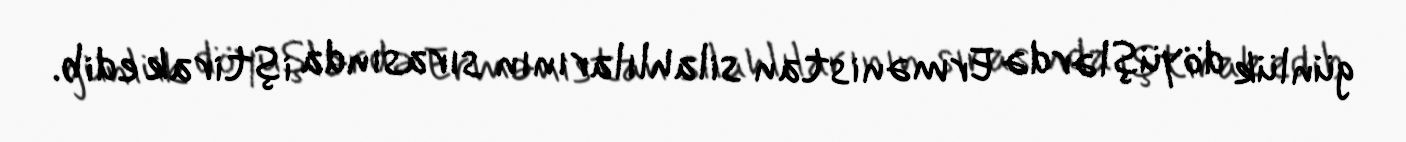
günlük döyüşlərdə Ermənistan silahlılarının sırasında iştirak edib.